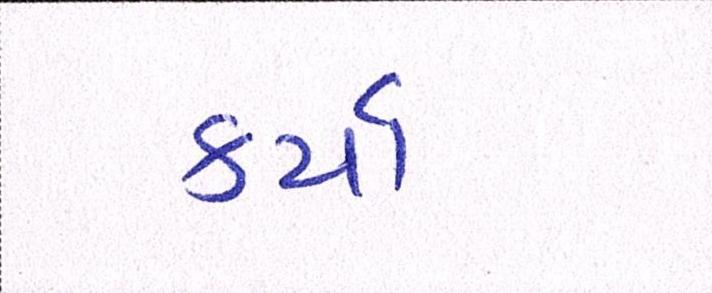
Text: કર્યા